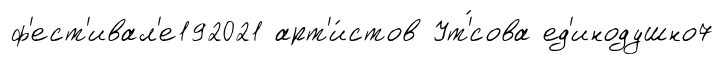
ф'ест'ивал'е192021 арт'и́стов Ут'́сова ед'инодушно7